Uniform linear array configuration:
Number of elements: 4
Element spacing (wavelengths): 0.75
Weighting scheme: exponential
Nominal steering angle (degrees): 30
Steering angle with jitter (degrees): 30.752
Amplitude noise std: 0.05
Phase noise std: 0.05

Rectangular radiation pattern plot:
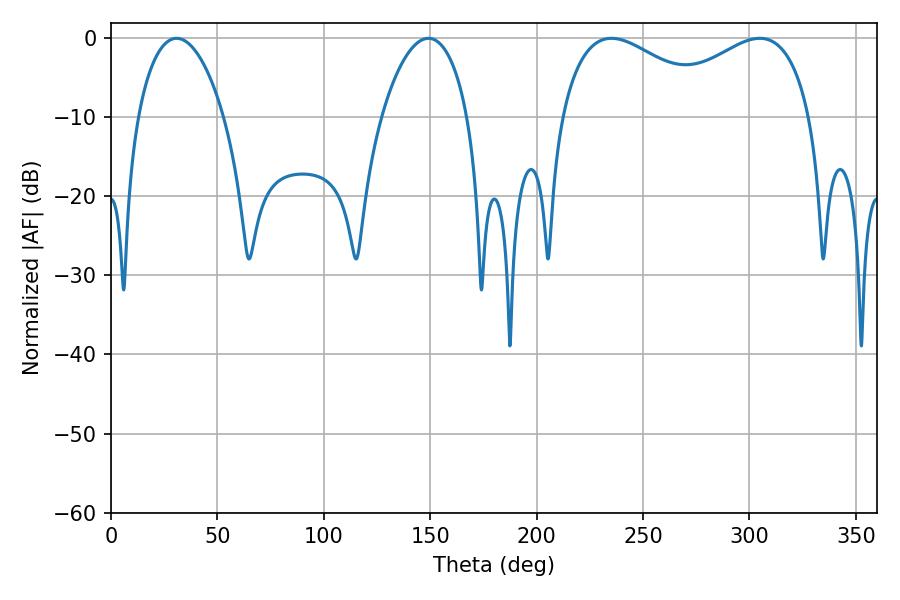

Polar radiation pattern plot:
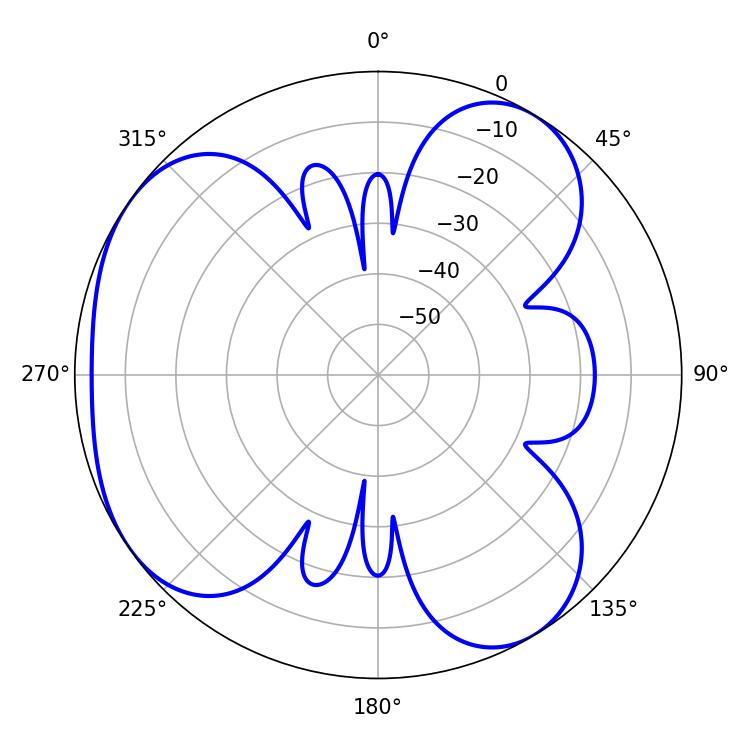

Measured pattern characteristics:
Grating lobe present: TRUE
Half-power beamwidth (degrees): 22.68
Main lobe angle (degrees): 30.78